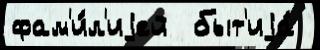
фам'и́л'иjей  быт'иjа́